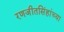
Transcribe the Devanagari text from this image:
रणजीतसिंहांच्या